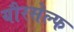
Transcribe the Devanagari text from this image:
यौरसेल्फ